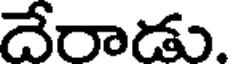
దేరాడు.